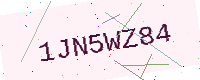
Text: 1JN5WZ84